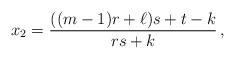
LaTeX: \begin{align*}x_2=\frac{((m-1)r+\ell)s+t-k}{rs+k} \, ,\end{align*}